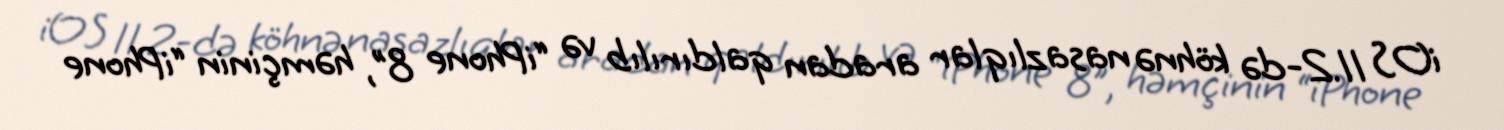
iOS 11.2-də köhnə nasazlıqlar aradan qaldırılıb və “iPhone 8”, həmçinin “iPhone